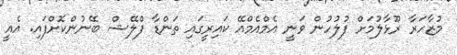
މުޒާހަރާ ރޫޅާލުމަށް ފުލުހުން ވަނީ އެމްއެެމްއޭ ކައިރީގައި ތަންޑާ ފްލޭޝް ބޭނުންކޮށްފައި. އެއީ